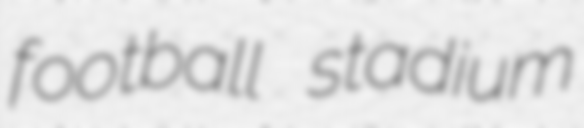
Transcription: football stadium